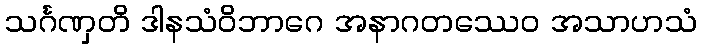
သင်္ဂဏှတိ ဒါနသံဝိဘာဂေ အနာဂတဿေဝ အသာဟသံ